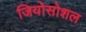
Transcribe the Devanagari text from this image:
जियोसोशल